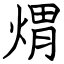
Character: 煟